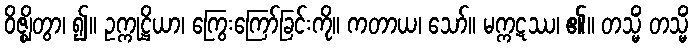
ဝိဇ္ဈိတွာ၊ ၍။ ဥက္ကုဋ္ဌိယာ၊ ကြွေးကြော်ခြင်းကို။ ကတာယ၊ သော်။ မက္ကဋဿ၊ ၏။ တသ္မိံ တသ္မိံ